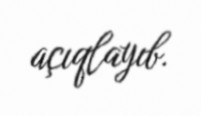
açıqlayıb.